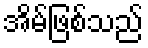
အိမ်ဖြစ်သည်